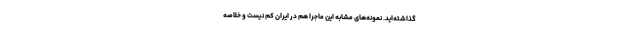
گذاشته‌اید. نمونه‌های مشابه این ماجرا هم در ایران کم نیست و خلاصه